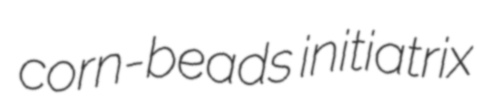
corn-beads initiatrix